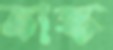
তাঙ্ক